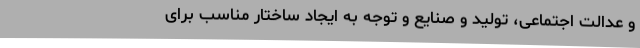
و عدالت اجتماعی، تولید و صنایع و توجه به ایجاد ساختار مناسب برای